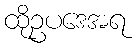
ထိုဥပဒေအရ